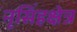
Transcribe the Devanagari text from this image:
नृसिंहक्षेत्र